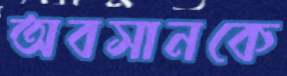
অবসানকে